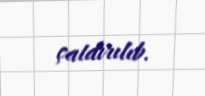
çatdırılıb.